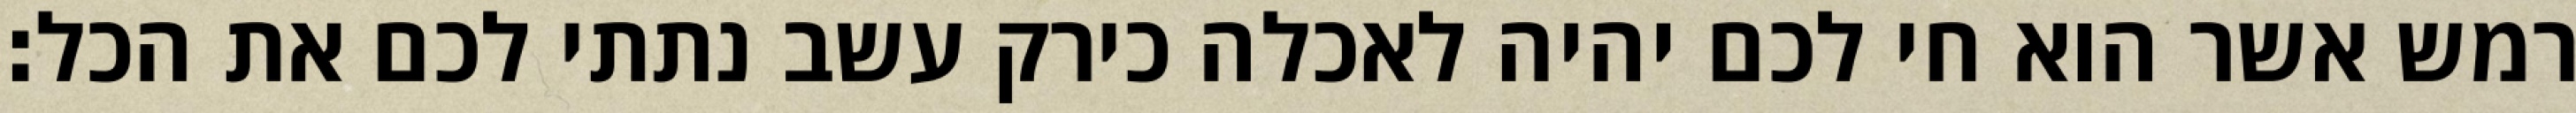
רמש אשר הוא חי לכם יהיה לאכלה כירק עשב נתתי לכם את הכל׃